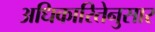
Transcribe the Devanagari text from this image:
अधिकारितेनुसार